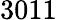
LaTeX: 3011